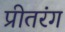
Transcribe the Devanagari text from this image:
प्रीतरंग